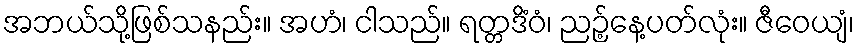
အဘယ်သို့ဖြစ်သနည်း။ အဟံ၊ ငါသည်။ ရတ္တဒိံဝံ၊ ညဉ့်နေ့ပတ်လုံး။ ဇီဝေယျံ၊